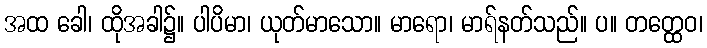
အထ ခေါ၊ ထိုအခါ၌။ ပါပိမာ၊ ယုတ်မာသော။ မာရော၊ မာရ်နတ်သည်။ ပ။ တတ္ထေဝ၊